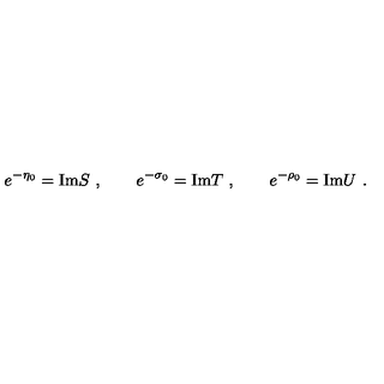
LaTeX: e ^ { - \eta _ { 0 } } = \mathrm { I m } S \ , \qquad e ^ { - \sigma _ { 0 } } = \mathrm { I m } T \ , \qquad e ^ { - \rho _ { 0 } } = \mathrm { I m } U \ .